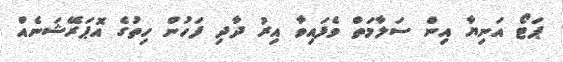
ޕަޓޯ އަނިޔާ އިން ސަލާމަތް ވެފައިވާ އިރު ދާދި ފަހުން ހިތުގެ އޮޕަރޭޝަނެއް